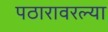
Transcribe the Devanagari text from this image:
पठारावरल्या